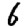
Digit: 6